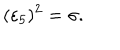
LaTeX: ( \varepsilon _ { 5 } ) ^ { 2 } = \sigma .